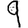
Digit: 9